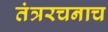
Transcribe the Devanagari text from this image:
तंत्ररचनाच